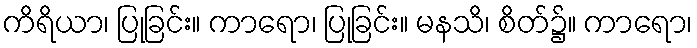
ကိရိယာ၊ ပြုခြင်း။ ကာရော၊ ပြုခြင်း။ မနသိ၊ စိတ်၌။ ကာရော၊